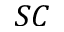
S C